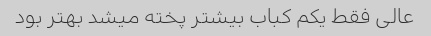
عالی فقط یکم کباب بیشتر پخته میشد بهتر بود